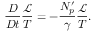
\frac { D } { D t } \frac { \mathcal { L } } { T } = - \frac { N _ { p } ^ { \prime } } { \gamma } \frac { \mathcal { L } } { T } .